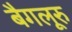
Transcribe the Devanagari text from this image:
बैगलूरु